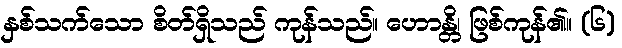
နှစ်သက်သော စိတ်ရှိသည် ကုန်သည်။ ဟောန္တိ၊ ဖြစ်ကုန်၏။ (၆)